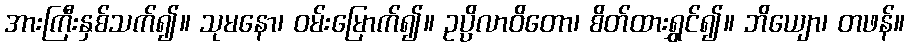
အားကြီးနှစ်သက်၍။ သုမနော၊ ဝမ်းမြောက်၍။ ဥပ္ပိလာဝိတော၊ စိတ်ထားရွှင်၍။ ဘိယျော၊ တဖန်။